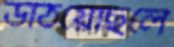
উঠিয়েছিলে